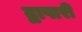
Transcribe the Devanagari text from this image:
द्वापारी